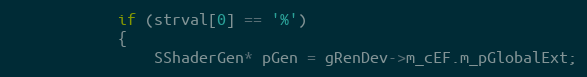
Language: C++
			if (strval[0] == '%')
			{
				SShaderGen* pGen = gRenDev->m_cEF.m_pGlobalExt;